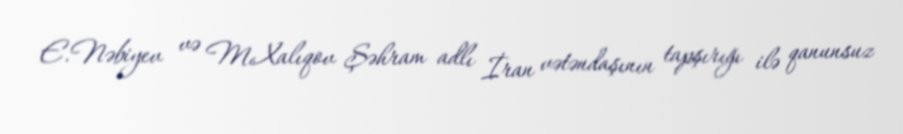
E.Nəbiyev və M.Xalıqov Şəhram adlı İran vətəndaşının tapşırığı ilə qanunsuz